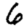
Digit: 6